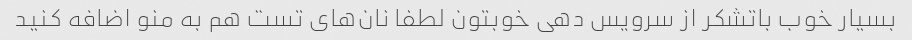
بسیار خوب باتشکر از سرویس دهی خوبتون لطفا نان‌های تست هم به منو اضافه کنید